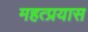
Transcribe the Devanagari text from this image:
महत्प्रयास